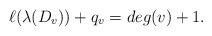
LaTeX: \begin{align*}\ell(\lambda(D_v))+q_v=deg(v)+1.\end{align*}